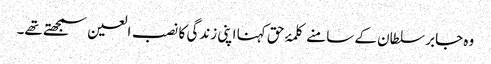
وہ جابر سلطان کے سامنے کلمۂ حق کہنا اپنی زندگی کا نصب العین سمجھتے تھے۔